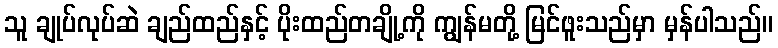
သူ ချုပ်လုပ်ဆဲ ချည်ထည်နှင့် ပိုးထည်တချို့ကို ကျွန်မတို့ မြင်ဖူးသည်မှာ မှန်ပါသည်။